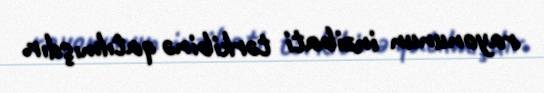
rayonunun inzibati tərkibinə qatılmışdır.